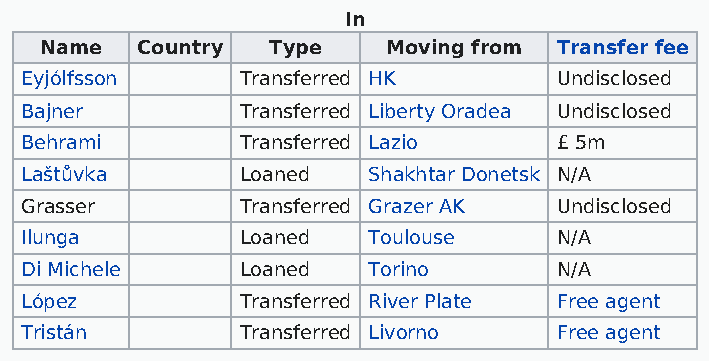
In
 Name  Country  Type    Moving from Transfer fee
 Eyjólfsson     Transferred HK       Undisclosed
 Bajner         Transferred Liberty Oradea Undisclosed
 Behrami        Transferred Lazio    £ 5m
 Laštůvka       Loaned  Shakhtar Donetsk N/A
 Grasser        Transferred Grazer AK Undisclosed
 Ilunga         Loaned  Toulouse     N/A
 Di Michele     Loaned  Torino       N/A
 López          Transferred River Plate Free agent
 Tristán        Transferred Livorno  Free agent